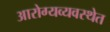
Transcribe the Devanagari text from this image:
आरोग्यव्यवस्थेत